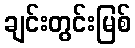
ချင်းတွင်းမြစ်